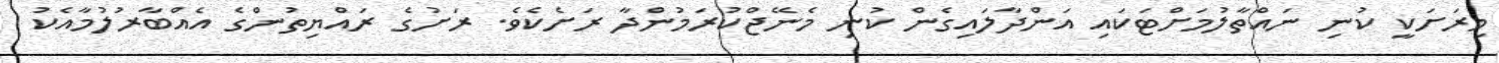
މިރަށަކީ ކުނި ނައްތާލުމަށްޓަކައި އަންދާލައިގެން ކުނި މެނޭޖްކުރަމުންދާ ރަށެކެވެ. ރަށުގެ ރައްޔިތުންގެ އެއްބާރުލުމާއެކު